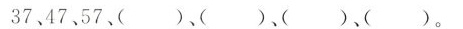
37、47、57、( )、( )、( )、( )。